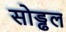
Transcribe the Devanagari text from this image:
सोड्ढल